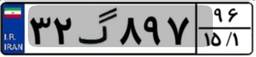
۳۲گ۸۹۷۹۶